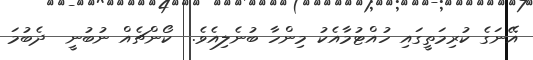
އޭނަގެ ކުރިމަތީގައި ހުއްޓުމާއެކު މިންހާ ބުނެލިއެވެ.  ކޯންޗެއް ނުބުނީ  ދެބުމަ